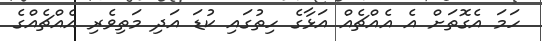
ހަމަ އެގޮތަށް އެ އެއްޗެއް އަޅާގެ ހިތުގައި ކުޑަ އަދި މަތިވެރި އެއްޗެއްގެ